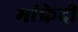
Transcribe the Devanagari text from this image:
मांफ्रेदी